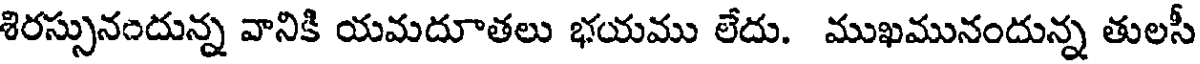
శిరస్సునందున్న వానికి యమదూతలు భయము లేదు. ముఖమునందున్న తులసీ